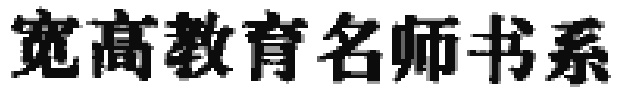
宽高教育名师书系